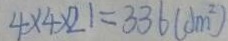
4 \times 4 \times 2 1 = 3 3 6 ( d m ^ { 2 } )